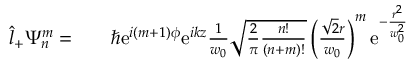
\begin{array} { r l r } { \hat { l } _ { + } \Psi _ { n } ^ { m } = } & { { } } & { \hbar \mathrm { e } ^ { i ( m + 1 ) \phi } \mathrm { e } ^ { i k z } \frac { 1 } { w _ { 0 } } \sqrt { \frac { 2 } { \pi } \frac { n ! } { ( n + m ) ! } } \left( \frac { \sqrt { 2 } r } { w _ { 0 } } \right) ^ { m } \mathrm { e } ^ { - \frac { r ^ { 2 } } { w _ { 0 } ^ { 2 } } } } \end{array}